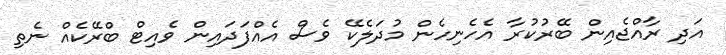
އަދި ރާއްޖެއިން ބޭރުކުރާ އެހެނިހެން މުދަލެކޭ ވެސް އެއްފަދައިން ވެއިޓް ބްރޭކެއް ނެތި